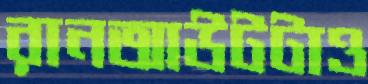
রানআউটটাও